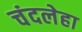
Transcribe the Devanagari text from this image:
चंदलेहा